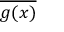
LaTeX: \overline { { g ( x ) } }